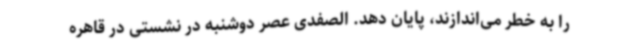
را به خطر می‌اندازند، پایان دهد. الصفدی عصر دوشنبه در نشستی در قاهره